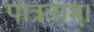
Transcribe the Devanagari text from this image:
पात्रताम्।